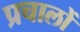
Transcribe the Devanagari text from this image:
प्रचालों